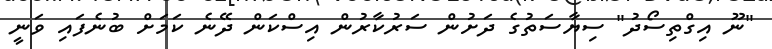
"ނޫ އިގްތިސޯދު" ސިޔާސަތުގެ ދަށުން ސަރުކާރުން އިސްކަން ދޭނެ ކަމަށް ބުނެފައި ވަނީ